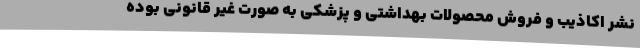
نشر اکاذیب و فروش محصولات بهداشتی و پزشکی به صورت غیر قانونی بوده